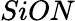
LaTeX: SiON